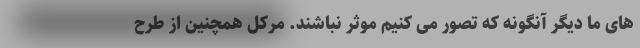
های ما دیگر آنگونه که تصور می کنیم موثر نباشند. مرکل همچنین از طرح